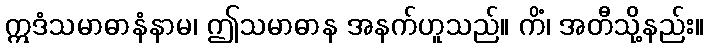
ဣဒံသမာဓာနံနာမ၊ ဤသမာဓာန အနက်ဟူသည်။ ကိံ၊ အတီသို့နည်း။